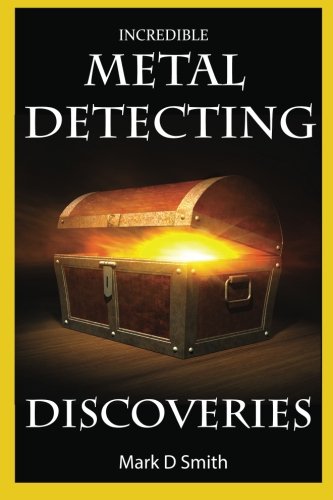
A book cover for Incredible Metal Detecting Discoveries: True Stories of Amazing Treasures Found by Everyday People; Mark D Smith; Crafts, Hobbies & Home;